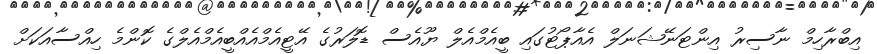
އިބްރާހިމް ނާސިރު އިންޓަނޭޝަނަލް އެއާޕޯޓުގައި ބީއެމްއެލް ޔޫއެސް ޑޮލަރުގެ އޭޓީއެމްއެއްބީއެމްއެލްގެ ކޮންމެ ހިއްސާއަކަށް